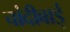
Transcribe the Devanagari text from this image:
चांदीबाई